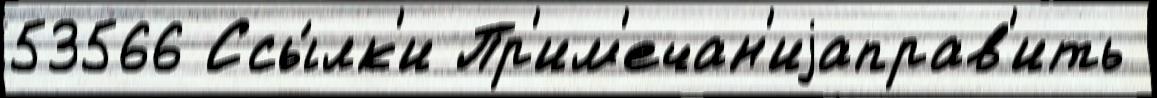
53566 Ссы́лк'и Пр'им'ечан'иjаправ'ить